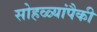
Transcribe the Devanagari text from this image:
सोहळ्यांपैकी